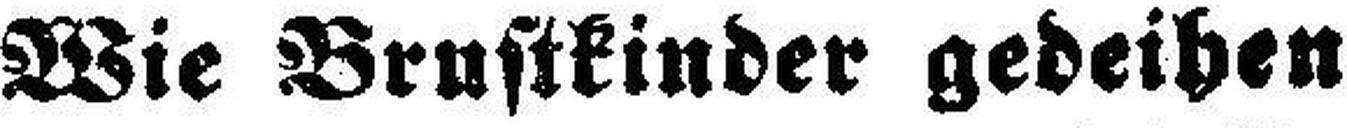
Wie Brustkinder gedeihen